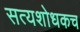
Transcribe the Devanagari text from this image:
सत्यशोधकच